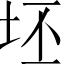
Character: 坯